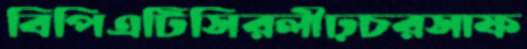
বিপিএটিসিরলীঢ়চরসাফ